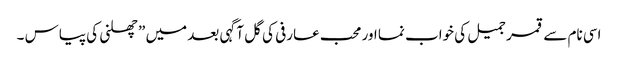
اسی نام سے قمر جمیل کی خواب نما اور محب عارفی کی گل آگہی بعد میں ” چھلنی کی پیاس ۔